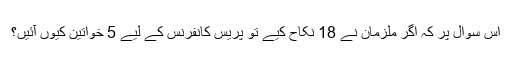
اس سوال پر کہ اگر ملزمان نے 18 نکاح کیے تو پریس کانفرنس کے لیے 5 خواتین کیوں آئیں؟